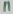
Text: 11